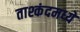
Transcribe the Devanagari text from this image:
ताश्कंदमध्ये